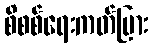
စိစစ်ရေးကတ်ပြား